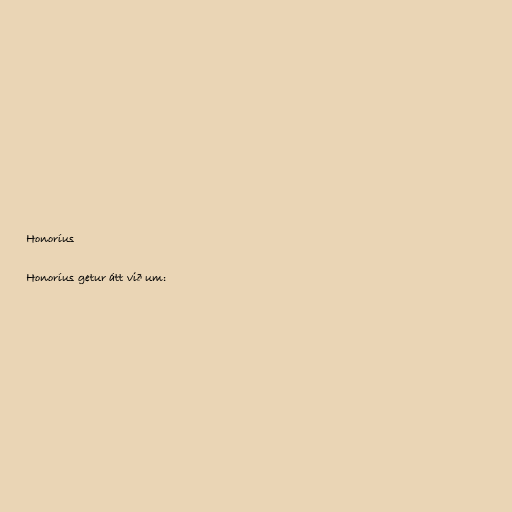
Honoríus

Honoríus getur átt við um: